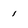
Character: 1